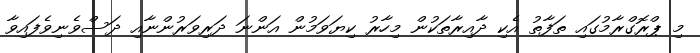
މި ޕްރޮގްރާމުގައި ތަފާތު އެކި ދާއިރާތަކުން މިހާރު ކިޔަވަމުން އަންނަ ދަރިވަރުންނާއި ދަސްވެނިވެފައިވާ